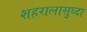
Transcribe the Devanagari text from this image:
शहरालासुध्दा